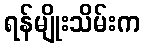
ရန်မျိုးသိမ်းက